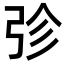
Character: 𭚫